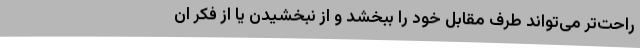
راحت‌تر می‌تواند طرف مقابل خود را ببخشد و از نبخشیدن یا از فکر ان